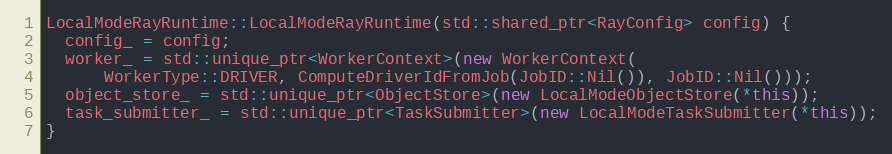
Language: C++
LocalModeRayRuntime::LocalModeRayRuntime(std::shared_ptr<RayConfig> config) {
  config_ = config;
  worker_ = std::unique_ptr<WorkerContext>(new WorkerContext(
      WorkerType::DRIVER, ComputeDriverIdFromJob(JobID::Nil()), JobID::Nil()));
  object_store_ = std::unique_ptr<ObjectStore>(new LocalModeObjectStore(*this));
  task_submitter_ = std::unique_ptr<TaskSubmitter>(new LocalModeTaskSubmitter(*this));
}